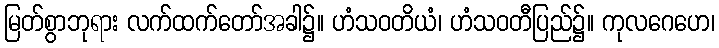
မြတ်စွာဘုရား လက်ထက်တော်အခါ၌။ ဟံသဝတိယံ၊ ဟံသဝတီပြည်၌။ ကုလဂေဟေ၊